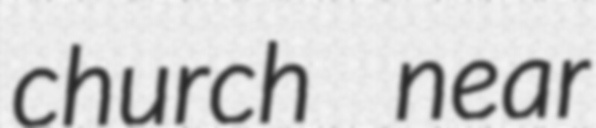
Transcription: church near